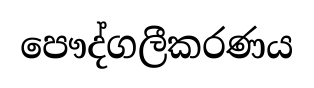
පෞද්ගලීකරණය